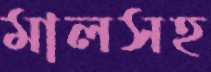
মালসহ